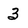
Character: 3